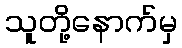
သူတို့နောက်မှ